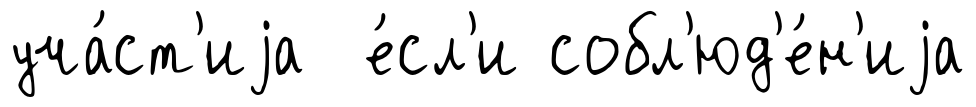
уча́ст'иjа е́сл'и собл'юд'е́н'иjа